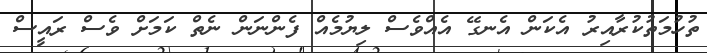
ތުހުމަތުކުރާއިރު އެކަން އެނގޭ އެއްވެސް ލިޔުމެއް ފެންނަން ނެތް ކަމަށް ވެސް ރައީސް